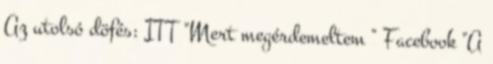
Az utolsó döfés: ITT "Mert megérdemeltem " Facebook "A